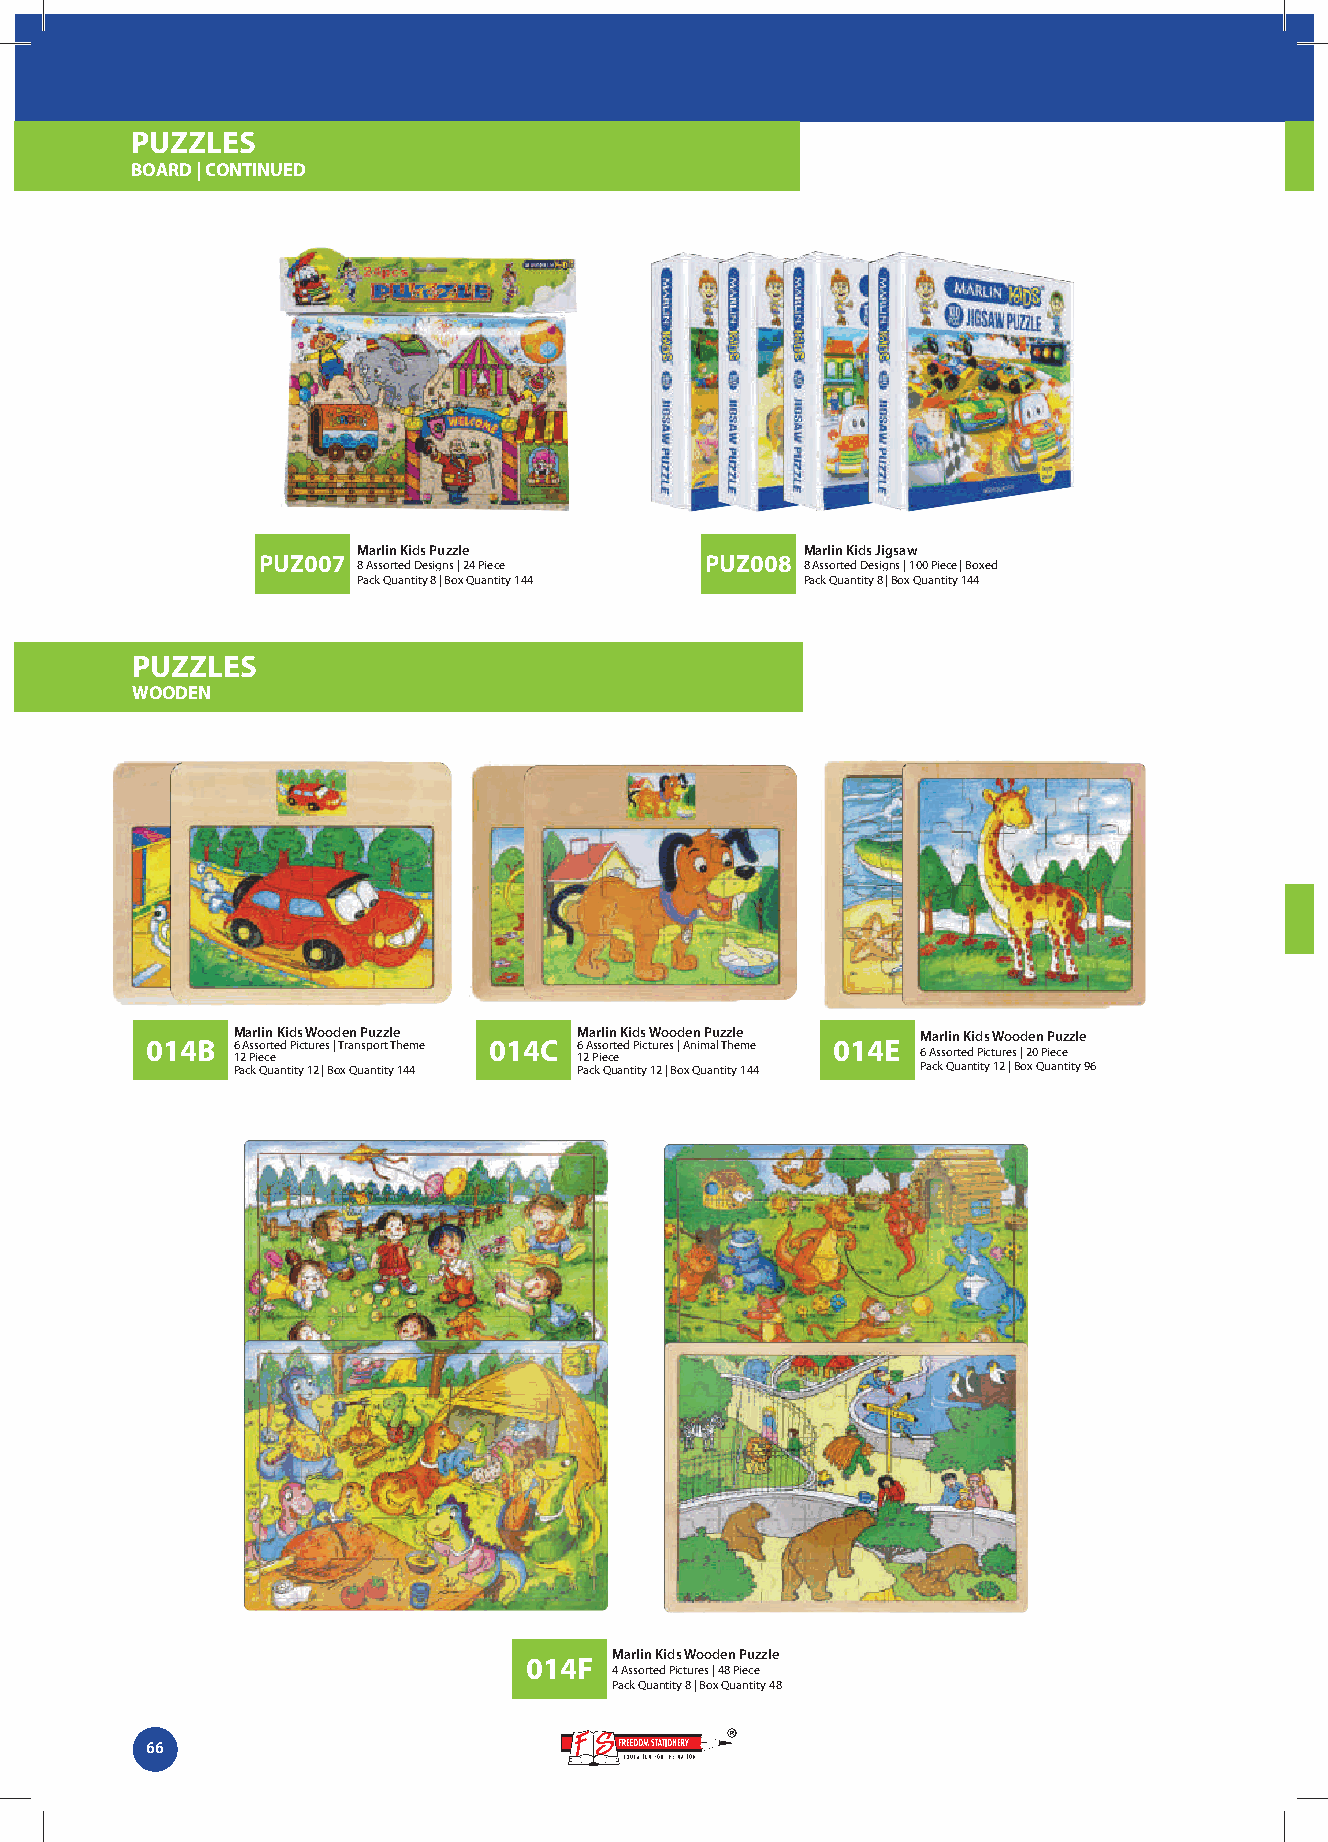
PUZZLES
 BOARD | CONTINUED
 Marlin Kids Puzzle           Marlin Kids Jigsaw
 PUZ007                        PUZ008
 8 Assorted Designs | 24 Piece 8 Assorted Designs | 100 Piece | Boxed
 Pack Quantity 8 | Box Quantity 144 Pack Quantity 8 | Box Quantity 144
 PUZZLES
 WOODEN
 Marlin Kids Wooden Puzzle Marlin Kids Wooden Puzzle Marlin Kids Wooden Puzzle
 014B 6 Assorted Pictures | Transport Theme 014C 6 Assorted Pictures | Animal Theme 014E
 12 Piece               12 Piece               6 Assorted Pictures | 20 Piece
 Pack Quantity 12 | Box Quantity 144 Pack Quantity 12 | Box Quantity 144 Pack Quantity 12 | Box Quantity 96
 Marlin Kids Wooden Puzzle
 014F
 4 Assorted Pictures | 48 Piece
 Pack Quantity 8 | Box Quantity 48
 66